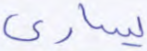
يسارى